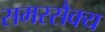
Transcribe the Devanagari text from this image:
समरसैक्य